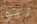
ريو